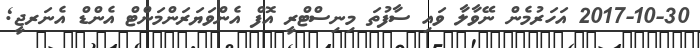
2017-10-30 އަހަރުމެން ނޭވާލާ ވައި ސާފުތަ މިނިސްޓްރީ އޮފް އެންވަޔަރަންމަންޓް އެންޑް އެނަރޖީ;